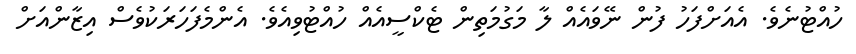
ހުއްޓުނެވެ. އެއަށްފަހު ފުން ނޭވައެއް ލާ މަގުމަތިން ޓެކްސީއެއް ހުއްޓުވިއެވެ. އެންމެފަހަރަކުވެސް އިޒާންއަށް